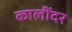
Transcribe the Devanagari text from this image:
कालींदर